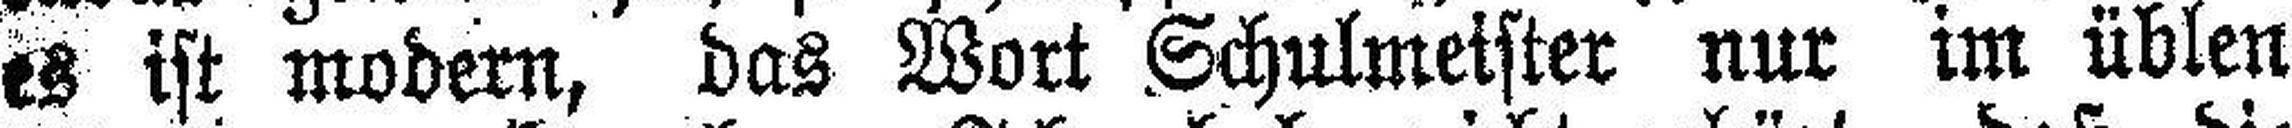
es ist modern, das Wort Schulmeister nur im üblen